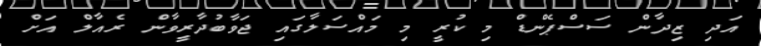
އަދި ޒިދާން ސަސްޕެންޑް މި ކުރީ މި މައްސަލާގައި ޖަވާބުދާރީވާން ރެއާލް އަށް